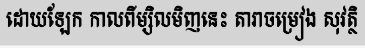
ដោយឡែក កាលពីម្សិលមិញនេះ តារាចម្រៀង សុវត្ថិ